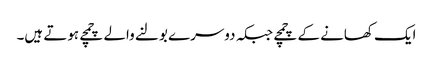
ایک کھانے کے چمچے جبکہ دوسرے بولنے والے چمچے ہوتے ہیں۔